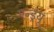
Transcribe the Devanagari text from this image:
एन्‍ड्रयू